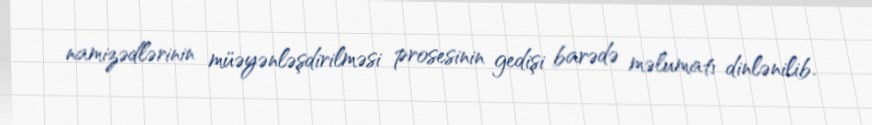
namizədlərinin müəyənləşdirilməsi prosesinin gedişi barədə məlumatı dinlənilib.